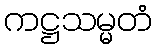
ကဋ္ဌသမ္မတံ